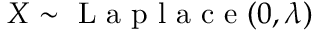
X \sim { \textrm { L a p l a c e } } ( 0 , \lambda )